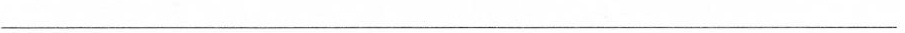
___